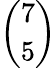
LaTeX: \binom{7}{5}